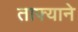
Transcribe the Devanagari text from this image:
ताफ्याने